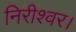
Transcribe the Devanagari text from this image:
निरीश्वर।